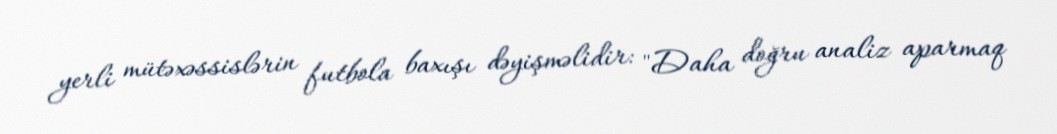
yerli mütəxəssislərin futbola baxışı dəyişməlidir: "Daha doğru analiz aparmaq